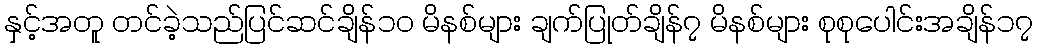
နှင့်အတူ တင်ခဲ့သည်ပြင်ဆင်ချိန်၁၀ မိနစ်များ ချက်ပြုတ်ချိန်၇ မိနစ်များ စုစုပေါင်းအချိန်၁၇